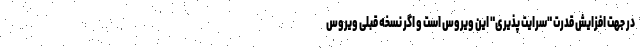
در جهت افزایش قدرت "سرایت پذیری" این ویروس است و اگر نسخه قبلی ویروس